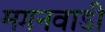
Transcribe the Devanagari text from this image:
मगनवाडी